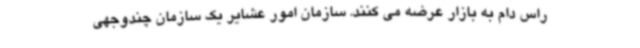
راس دام به بازار عرضه می کنند. سازمان امور عشایر یک سازمان چندوجهی